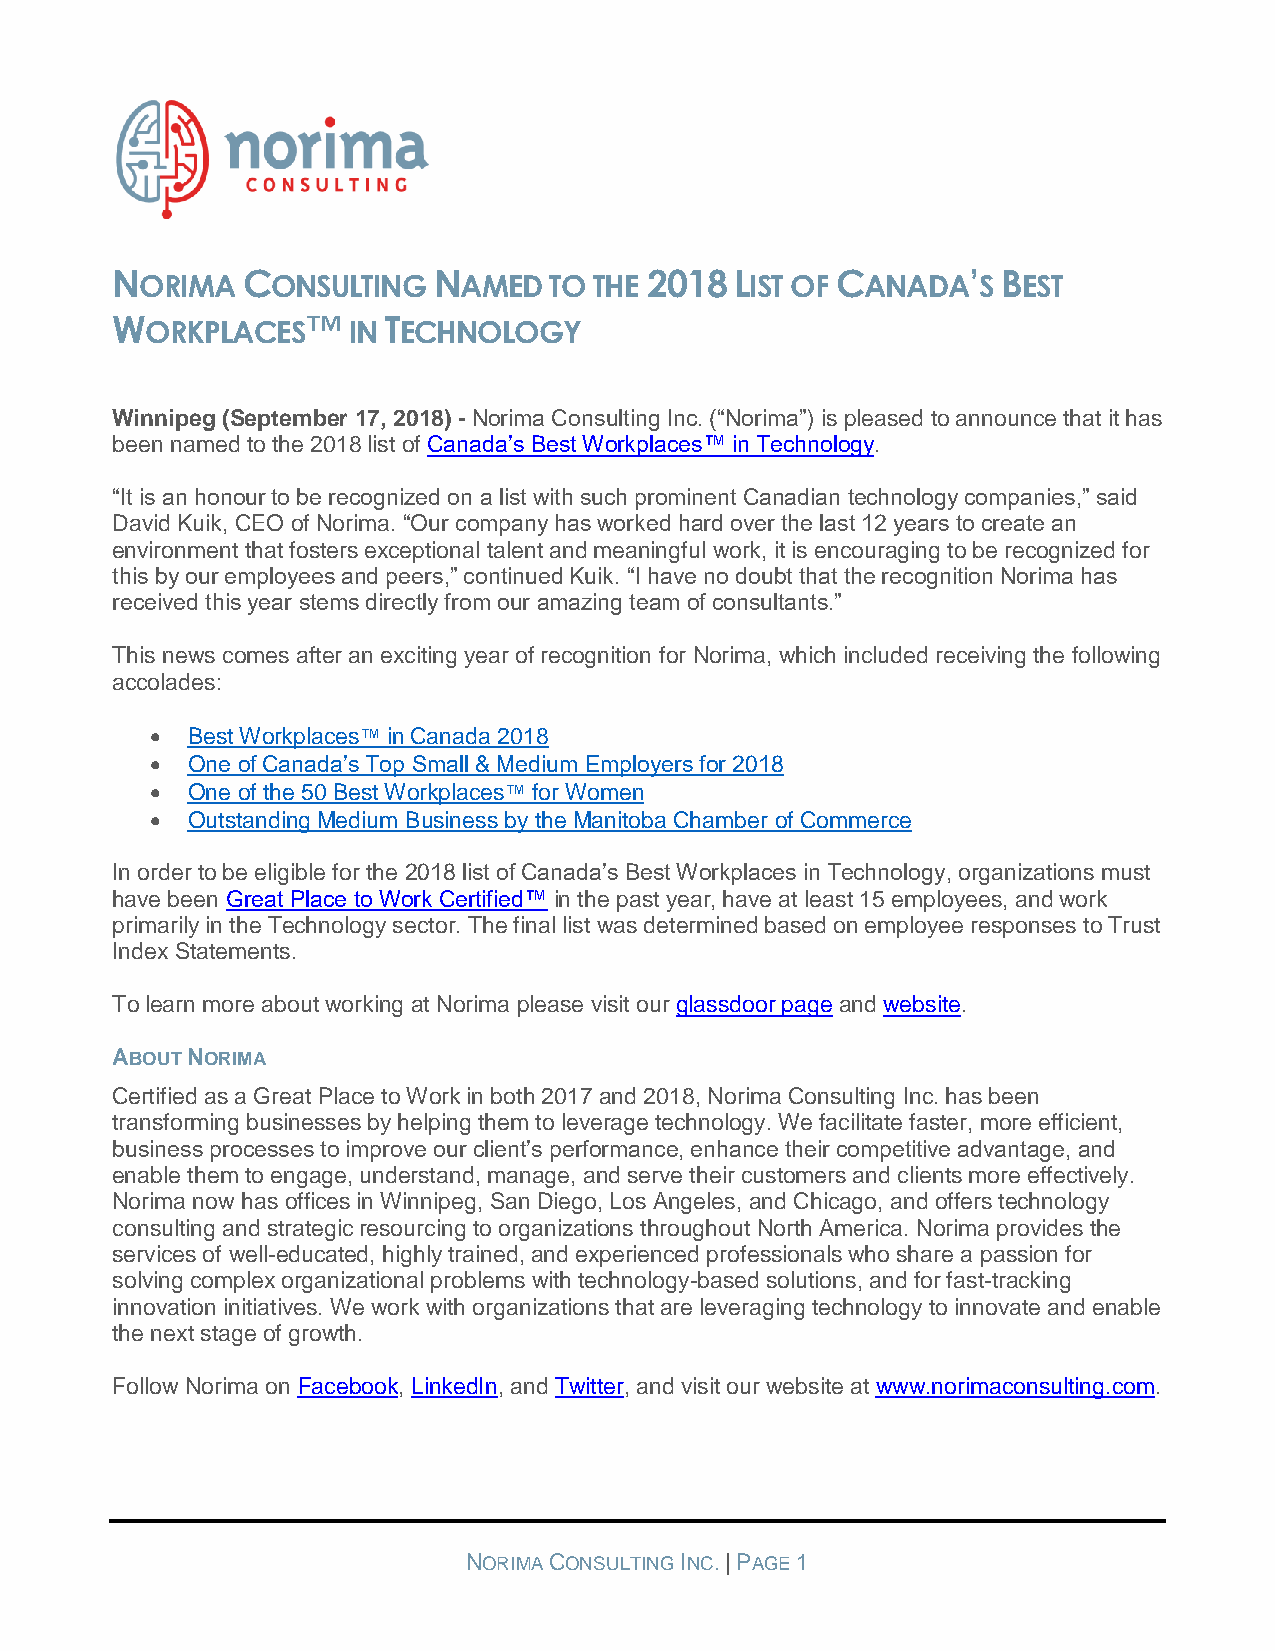
NORIMA   CONSULTING   NAMED  TO THE 2018  LIST OF CANADA’S BEST
 WORKPLACES™     IN TECHNOLOGY
 Winnipeg (September 17, 2018) - Norima Consulting Inc. (“Norima”) is pleased to announce that it has
 been named to the 2018 list of Canada’s Best Workplaces™ in Technology.
 “It is an honour to be recognized on a list with such prominent Canadian technology companies,” said
 David Kuik, CEO of Norima. “Our company has worked hard over the last 12 years to create an
 environment that fosters exceptional talent and meaningful work, it is encouraging to be recognized for
 this by our employees and peers,” continued Kuik. “I have no doubt that the recognition Norima has
 received this year stems directly from our amazing team of consultants.”
 This news comes after an exciting year of recognition for Norima, which included receiving the following
 accolades:
 • Best Workplaces™ in Canada 2018
 • One of Canada’s Top Small & Medium Employers for 2018
 • One of the 50 Best Workplaces™ for Women
 • Outstanding Medium Business by the Manitoba Chamber of Commerce
 In order to be eligible for the 2018 list of Canada’s Best Workplaces in Technology, organizations must
 have been Great Place to Work Certified™ in the past year, have at least 15 employees, and work
 primarily in the Technology sector. The final list was determined based on employee responses to Trust
 Index Statements.
 To learn more about working at Norima please visit our glassdoor page and website.
 ABOUT NORIMA
 Certified as a Great Place to Work in both 2017 and 2018, Norima Consulting Inc. has been
 transforming businesses by helping them to leverage technology. We facilitate faster, more efficient,
 business processes to improve our client’s performance, enhance their competitive advantage, and
 enable them to engage, understand, manage, and serve their customers and clients more effectively.
 Norima now has offices in Winnipeg, San Diego, Los Angeles, and Chicago, and offers technology
 consulting and strategic resourcing to organizations throughout North America. Norima provides the
 services of well-educated, highly trained, and experienced professionals who share a passion for
 solving complex organizational problems with technology-based solutions, and for fast-tracking
 innovation initiatives. We work with organizations that are leveraging technology to innovate and enable
 the next stage of growth.
 Follow Norima on Facebook, LinkedIn, and Twitter, and visit our website at www.norimaconsulting.com.
 NORIMA CONSULTING INC. | PAGE 1